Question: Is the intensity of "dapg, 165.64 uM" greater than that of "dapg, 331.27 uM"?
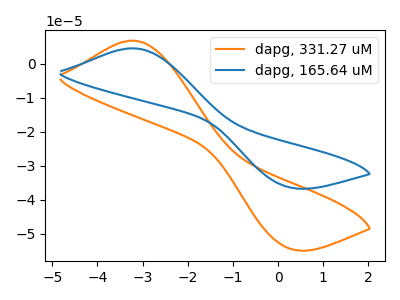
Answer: <think>The orange curve "dapg, 331.27 uM" has an anodic peak at (-3.25V, 6.80uA) and a cathodic peak at (0.25V, -54.20uA). The blue curve "dapg, 165.64 uM" has an anodic peak at (-3.25V, 4.55uA) and a cathodic peak at (0.25V, -36.25uA).
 All the peaks in "dapg, 165.64 uM" have a peak in "dapg, 331.27 uM" at the same potential. Every peak in "dapg, 165.64 uM" is lower than every peak in "dapg, 331.27 uM".</think>
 <answer>"dapg, 165.64 uM" has less signal than "dapg, 331.27 uM".</answer>
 <eval>less_signal</eval>